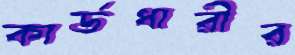
কার্ডধারীর